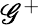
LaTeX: \mathscr{G}^{+}